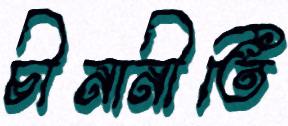
চীনানীতি